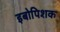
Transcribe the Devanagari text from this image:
इबोपिशक